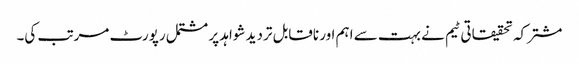
مشترکہ تحقیقاتی ٹیم نے بہت سے اہم اور ناقابل تردید شواہد پر مشتمل رپورٹ مرتب کی۔